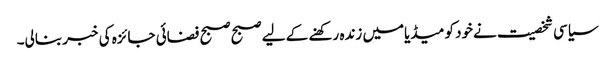
سیاسی شخصیت نےخود کو میڈیامیں زنده رکھنے کے لیے صبح صبح فضائی جائزه کی خبر بنالی۔